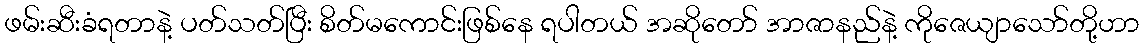
ဖမ်းဆီးခံရတာနဲ့ ပတ်သတ်ပြီး စိတ်မကောင်းဖြစ်နေ ရပါတယ် အဆိုတော် အာဇာနည်နဲ့ ကိုဇေယျာသော်တို့ဟာ